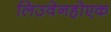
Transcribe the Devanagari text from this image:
लिउवेनहोएक